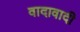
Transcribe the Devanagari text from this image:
वादावादी